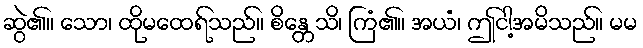
ဆွဲ၏။ သော၊ ထိုမထေရ်သည်။ စိန္တေသိ၊ ကြံ၏။ အယံ၊ ဤငါ့အမိသည်။ မမ